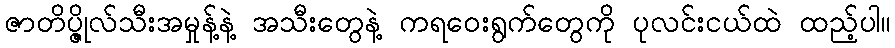
ဇာတိပ္ဇိုလ်သီးအမှုန့်နဲ့ အသီးတွေနဲ့ ကရဝေးရွက်တွေကို ပုလင်းငယ်ထဲ ထည့်ပါ။